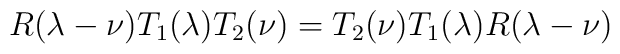
R (\lambda - \nu) T_1 (\lambda) T_2 (\nu) = T_2 (\nu) T_1 (\lambda)R (\lambda - \nu)